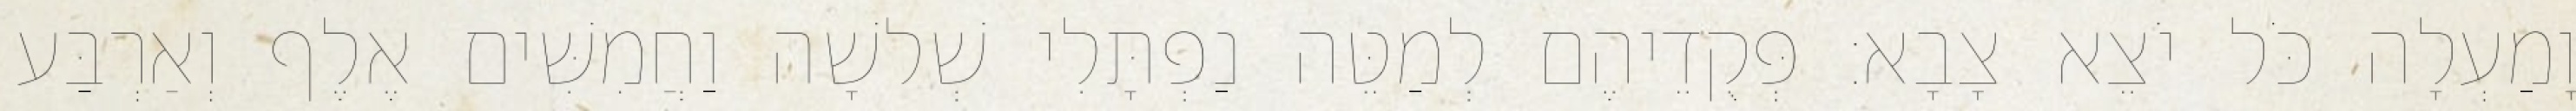
וָמַעְלָה כֹּל יֹצֵא צָבָא׃ פְּקֻדֵיהֶם לְמַטֵּה נַפְתָּלִי שְׁלשָׁה וַחֲמִשִּׁים אֶלֶף וְאַרְבַּע